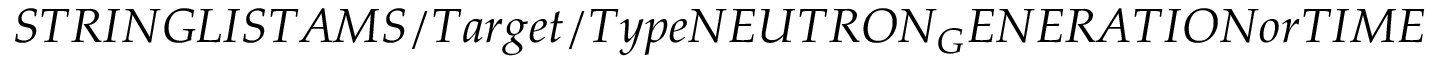
S T R I N G L I S T A M S / T a r g e t / T y p e N E U T R O N _ { G } E N E R A T I O N o r T I M E